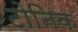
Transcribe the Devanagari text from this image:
टोनिक